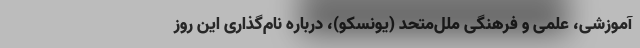
آموزشی، علمی و فرهنگی ملل‌متحد (یونسکو)، درباره نام‌گذاری این روز